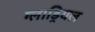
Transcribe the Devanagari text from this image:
ग्लाड्रियल